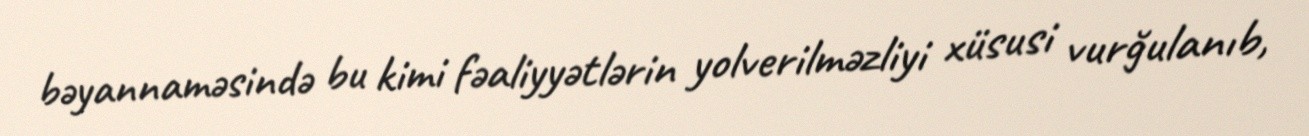
bəyannaməsində bu kimi fəaliyyətlərin yolverilməzliyi xüsusi vurğulanıb,